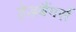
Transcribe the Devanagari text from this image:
हेडबैंगर्स